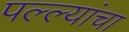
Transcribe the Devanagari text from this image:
पल्ल्यांचा